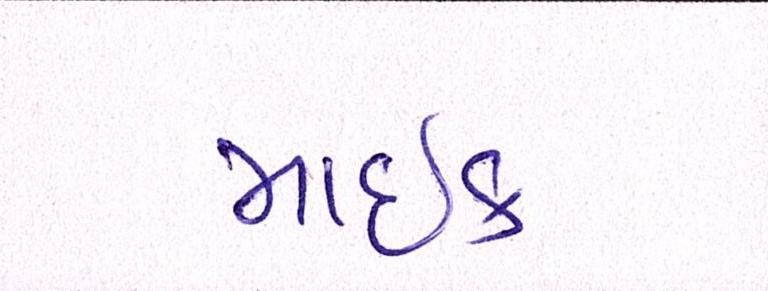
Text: માઇક